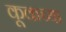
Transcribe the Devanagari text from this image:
कूकच्या